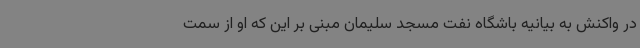
در واکنش به بیانیه باشگاه نفت مسجد سلیمان مبنی بر این که او از سمت